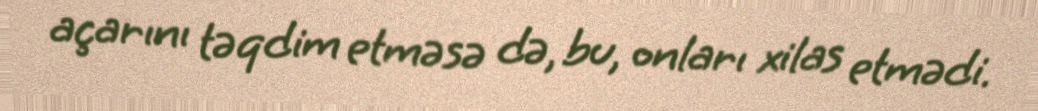
açarını təqdim etməsə də, bu, onları xilas etmədi.